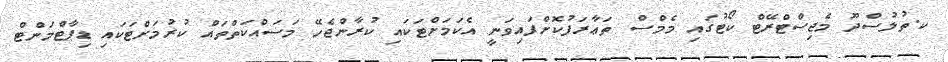
ކ.ތުލުސްދޫ މެޖިސްޓްރޭޓް ކޯޓުގައި މެމްސް ތަޢާރަފުކޮށްފައިވަނީ އެކަމަށްޓަކައި ކުރާންޖެހޭ މަސައްކަތްތައް ކުރުމަށްޓަކައި ޑިޕާޓްމަންޓް